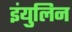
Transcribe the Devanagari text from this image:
इंयुलिन